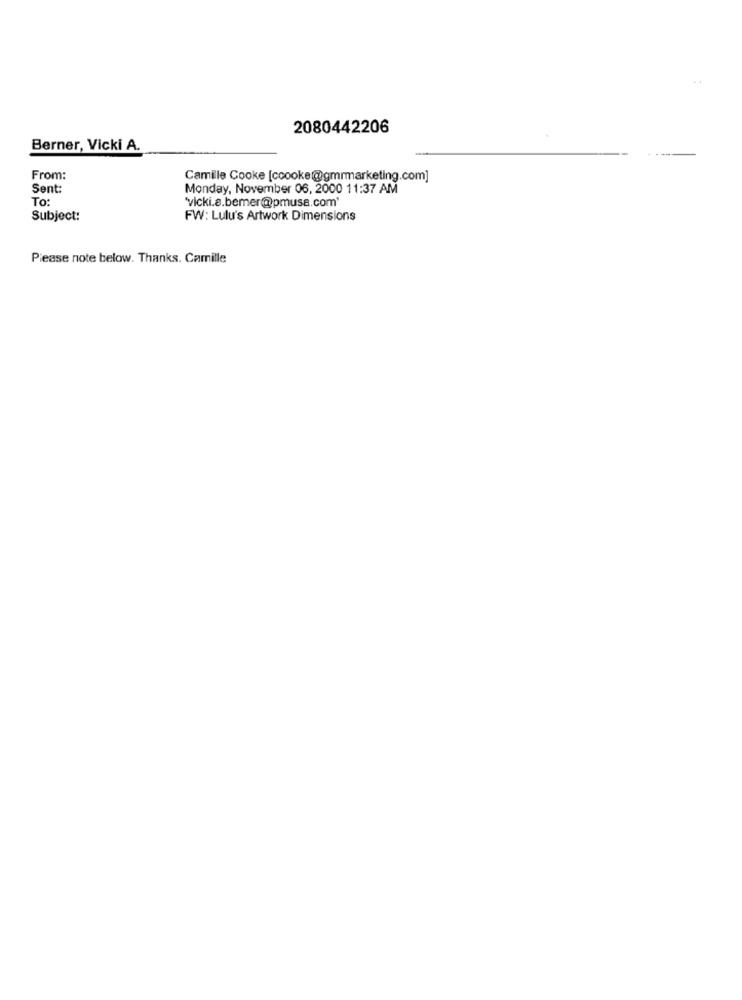
2080442206
Berner, Vicki A.
From:
Camille Cooke [ccooke@gmrmarketing.com]
Sent:
Monday, November 06, 2000 11:37 AM
To:
'vicki.a.bemer@pmusa.com'
Subject:
FW: Lulu's Artwork Dimensions
Please note below. Thanks. Camille